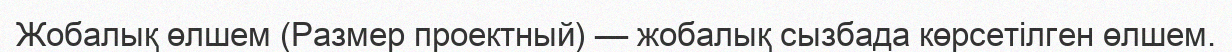
Жобалық өлшем (Размер проектный) — жобалық сызбада көрсетілген өлшем.